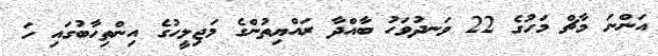
އަންނަ މާޗް މަހުގެ 22 ވަނދުވަހު ބާއްދާ ރައްޔިތުންގެ މަޖިލީހުގެ އިންތިހާބުގައި ހަ